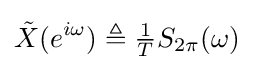
{\tilde {X}}(e^{i\omega })\triangleq {\tfrac {1}{T}}S_{2\pi }(\omega )